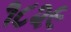
૧૮૨૯